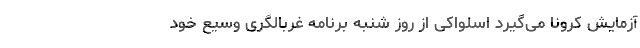
آزمایش کرونا می‌گیرد اسلواکی از روز شنبه برنامه غربالگری وسیع خود